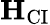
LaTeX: \mathbf H_{\mathrm{CI}}